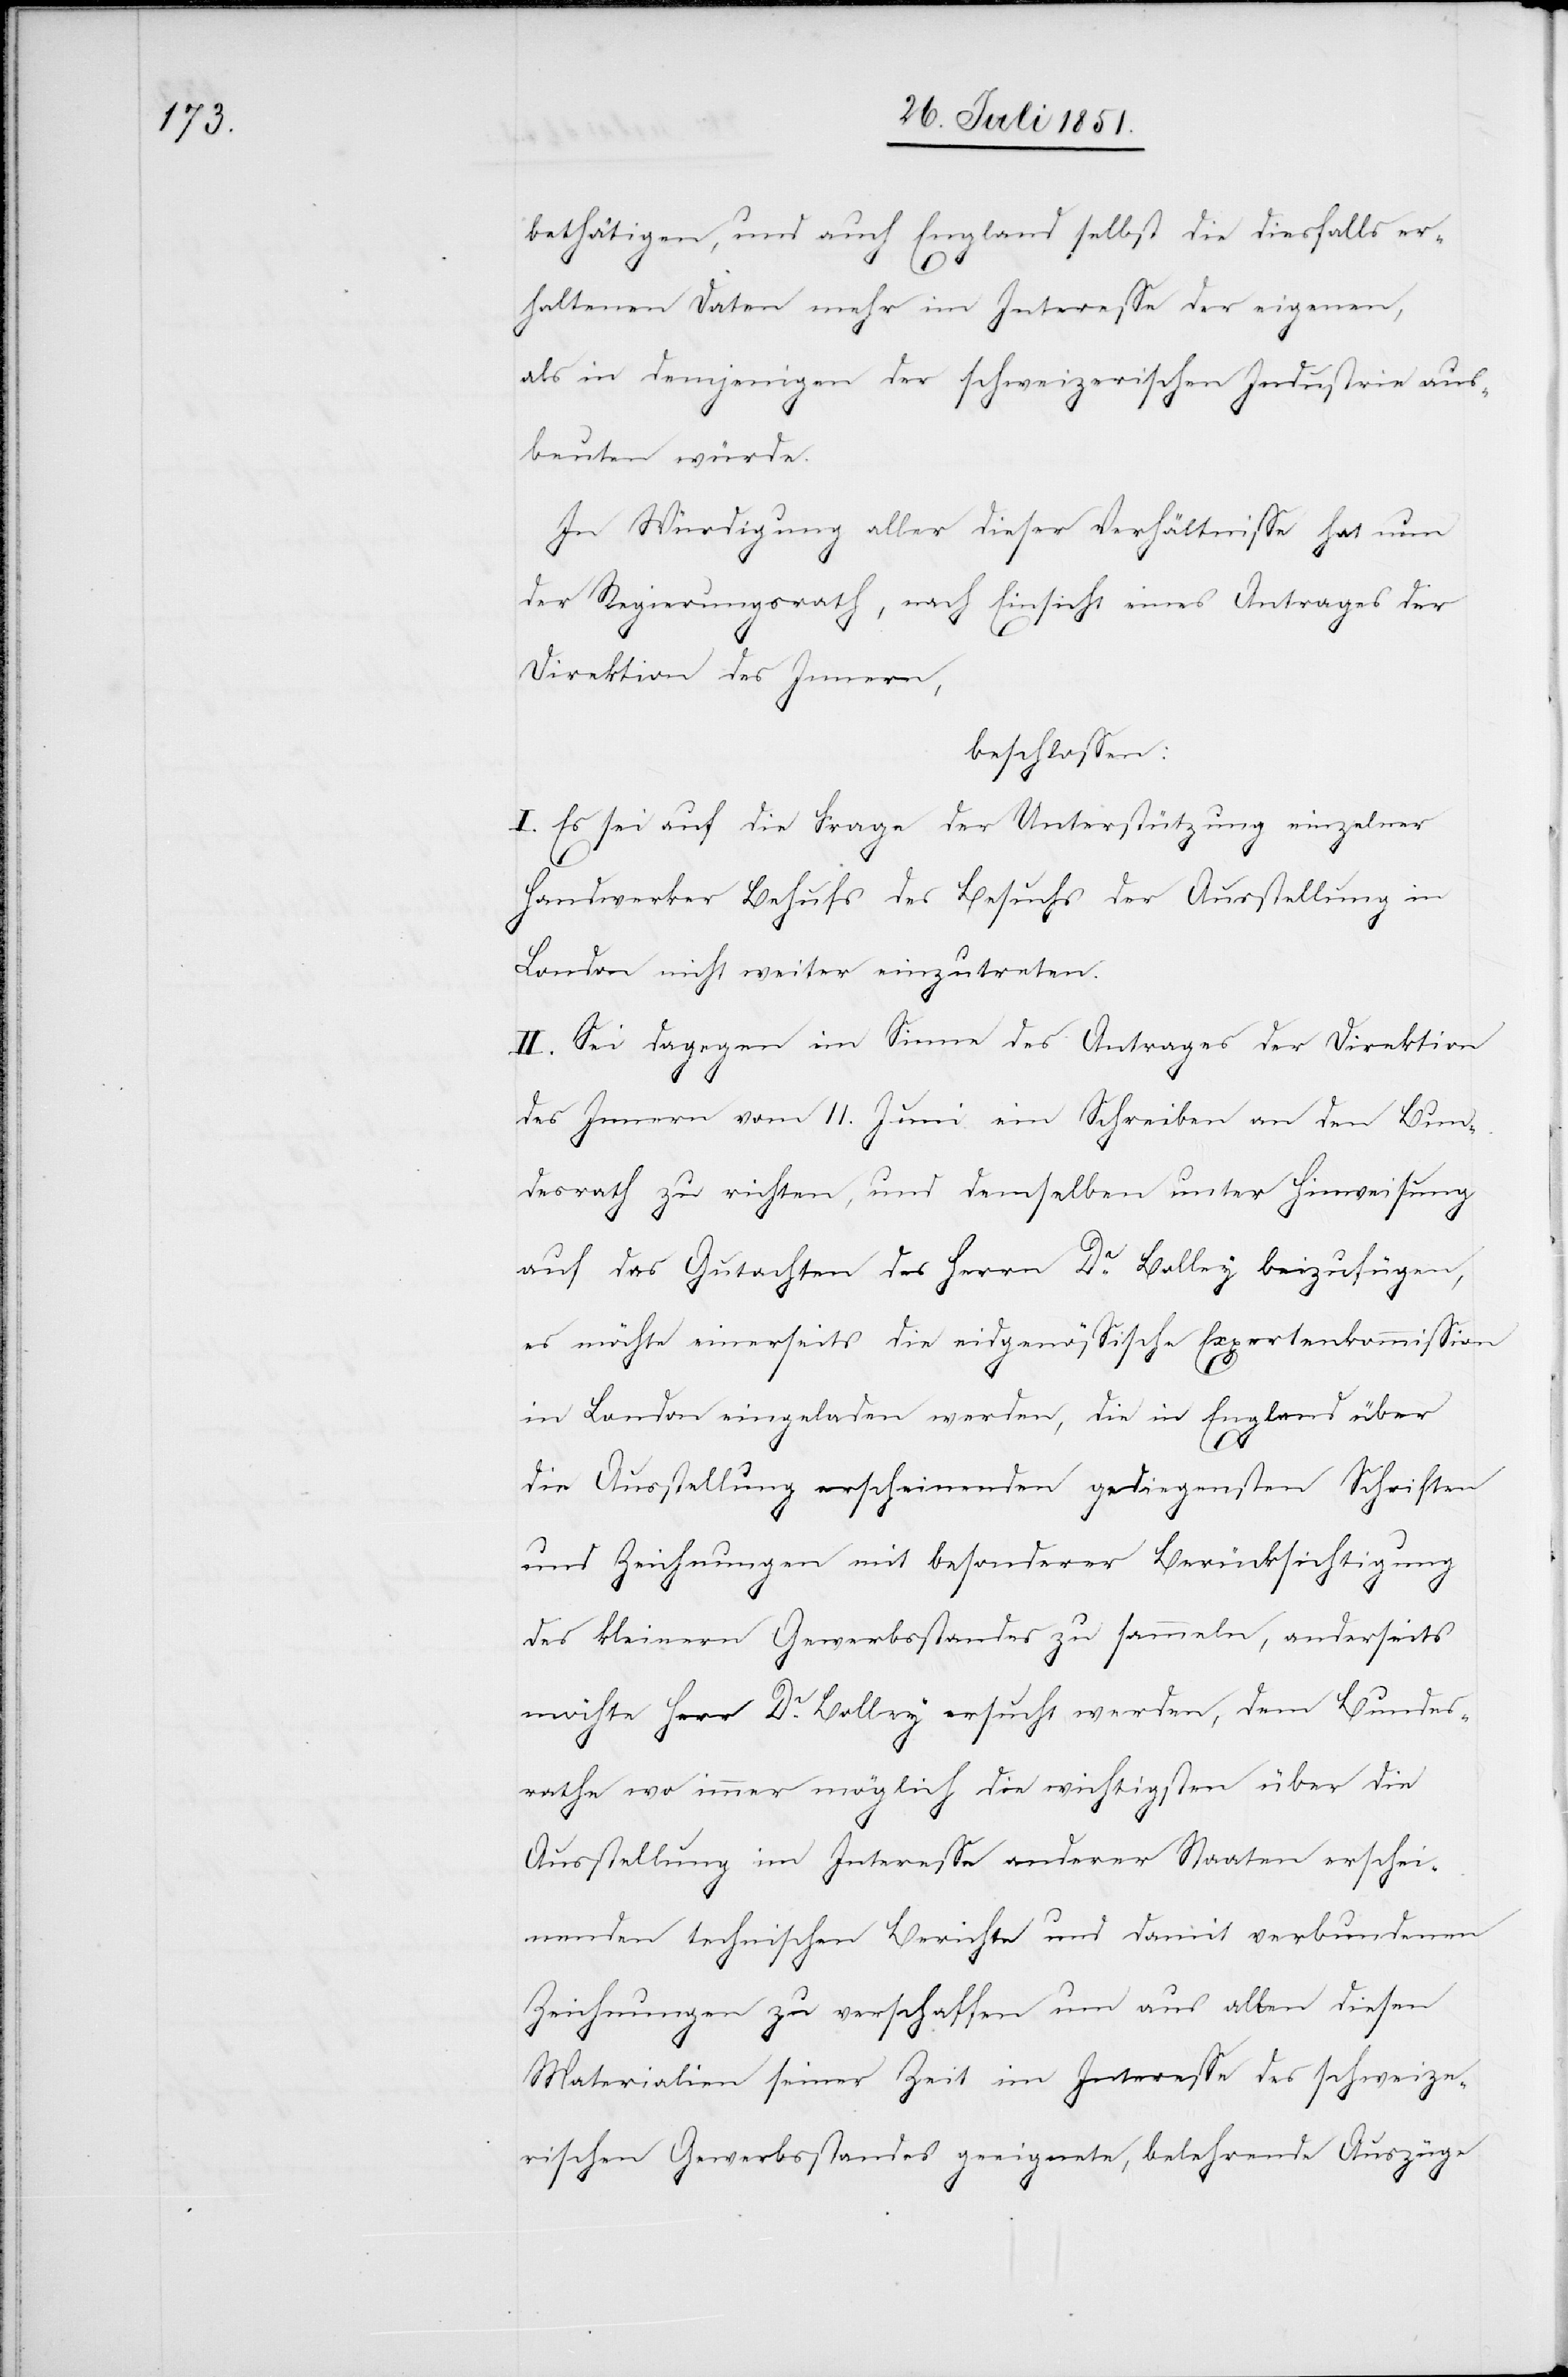
bethätigen, und auch England selbst die diesfalls er¬
haltenen Daten mehr im Interesse der eigenen,
als in demjenigen der schweizerischen Industrie aus¬
beuten würde.
In Würdigung aller dieser Verhältnisse hat nun
der Regierungsrath, nach Einsicht eines Antrages der
Direktion des Innern,
beschlossen:
I. Es sei auf die Frage der Unterstützung einzelner
Handwerker Behufs des Besuchs der Ausstellung in
London nicht weiter einzutreten.
II. Sei dagegen im Sinne des Antrages der Direktion
des Innern vom 11. Juni ein Schreiben an den Bun¬
desrath zu richten, und demselben unter Hinweisung
auf das Gutachten des Herrn Dr. Bolley beizufügen,
es möchte einerseits die eidgenössische Expertenkommission
in London eingeladen werden, die in England über
die Ausstellung erscheinenden gediegensten Schriften
und Zeichnungen mit besonderer Berücksichtigung
des kleinern Gewerbsstandes zu sammeln, anderseits
möchte Herr Dr. Bolley ersucht werden, dem Bundes¬
rathe wo immer möglich die wichtigsten über die
Ausstellung im Interesse anderer Staaten erschei¬
nenden technischen Berichte und damit verbundenen
Zeichnungen zu verschaffen um aus allen diesen
Materialien seiner Zeit im Interesse des schweize¬
rischen Gewerbsstandes geeignete, belehrende Auszüge